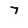
Character: 7